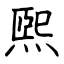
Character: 煕